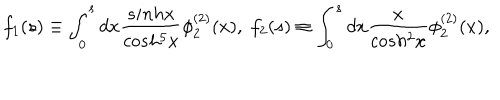
LaTeX: f _ { 1 } ( s ) \equiv \int _ { 0 } ^ { s } d x \frac { s i n h x } { c o s h ^ { 5 } x } \phi _ { 2 } ^ { ( 2 ) } ( x ) , \; f _ { 2 } ( s ) \equiv \int _ { 0 } ^ { s } d x \frac { x } { c o s h ^ { 2 } x } \phi _ { 2 } ^ { ( 2 ) } ( x ) ,